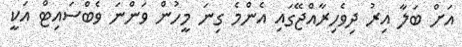
އަށް ބަލާ އިރު ދިވެހިރާއްޖޭގައި އެންމެ ގިނަ މީހުން ވަންނަ ވެބްސައިޓް އަކީ